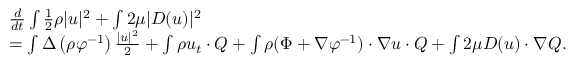
\begin{array} { r l } & { \frac { d } { d t } \int \frac { 1 } { 2 } \rho | u | ^ { 2 } + \int 2 \mu | D ( u ) | ^ { 2 } } \\ & { = \int \Delta \left( { \rho } { \varphi } ^ { - 1 } \right) \frac { | u | ^ { 2 } } { 2 } + \int \rho u _ { t } \cdot Q + \int \rho ( \Phi + \nabla \varphi ^ { - 1 } ) \cdot \nabla u \cdot Q + \int 2 \mu D ( u ) \cdot \nabla Q . } \end{array}